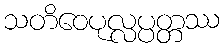
သတိဝေပုလ္လပ္ပတ္တဿ